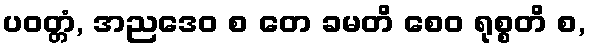
ပဝတ္တံ, အညဒေဝ စ တေ ခမတိ စေဝ ရုစ္စတိ စ,